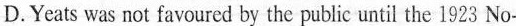
D.Yeats was not favoured by the public until the 1923 No-